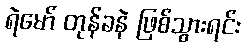
ရဲမော် တုန်ခနဲ ဖြစ်သွားရင်း